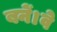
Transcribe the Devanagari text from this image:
बनें।वे